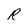
Character: R